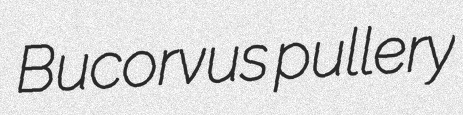
Bucorvus pullery